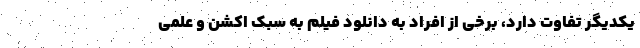
یکدیگر تفاوت دارد، برخی از افراد به دانلود فیلم به سبک اکشن و علمی